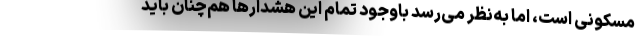
مسکونی است، اما به‌نظر می‌رسد باوجود تمام این هشدارها هم‌چنان باید